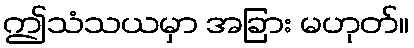
ဤသံသယမှာ အခြား မဟုတ်။